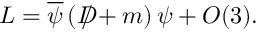
{ \cal L } = \overline { { { \psi } } } \left( D \! \! \! \! \slash + m \right) \psi + { \cal O } ( 3 ) .